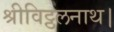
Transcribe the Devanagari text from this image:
श्रीविट्ठलनाथ।